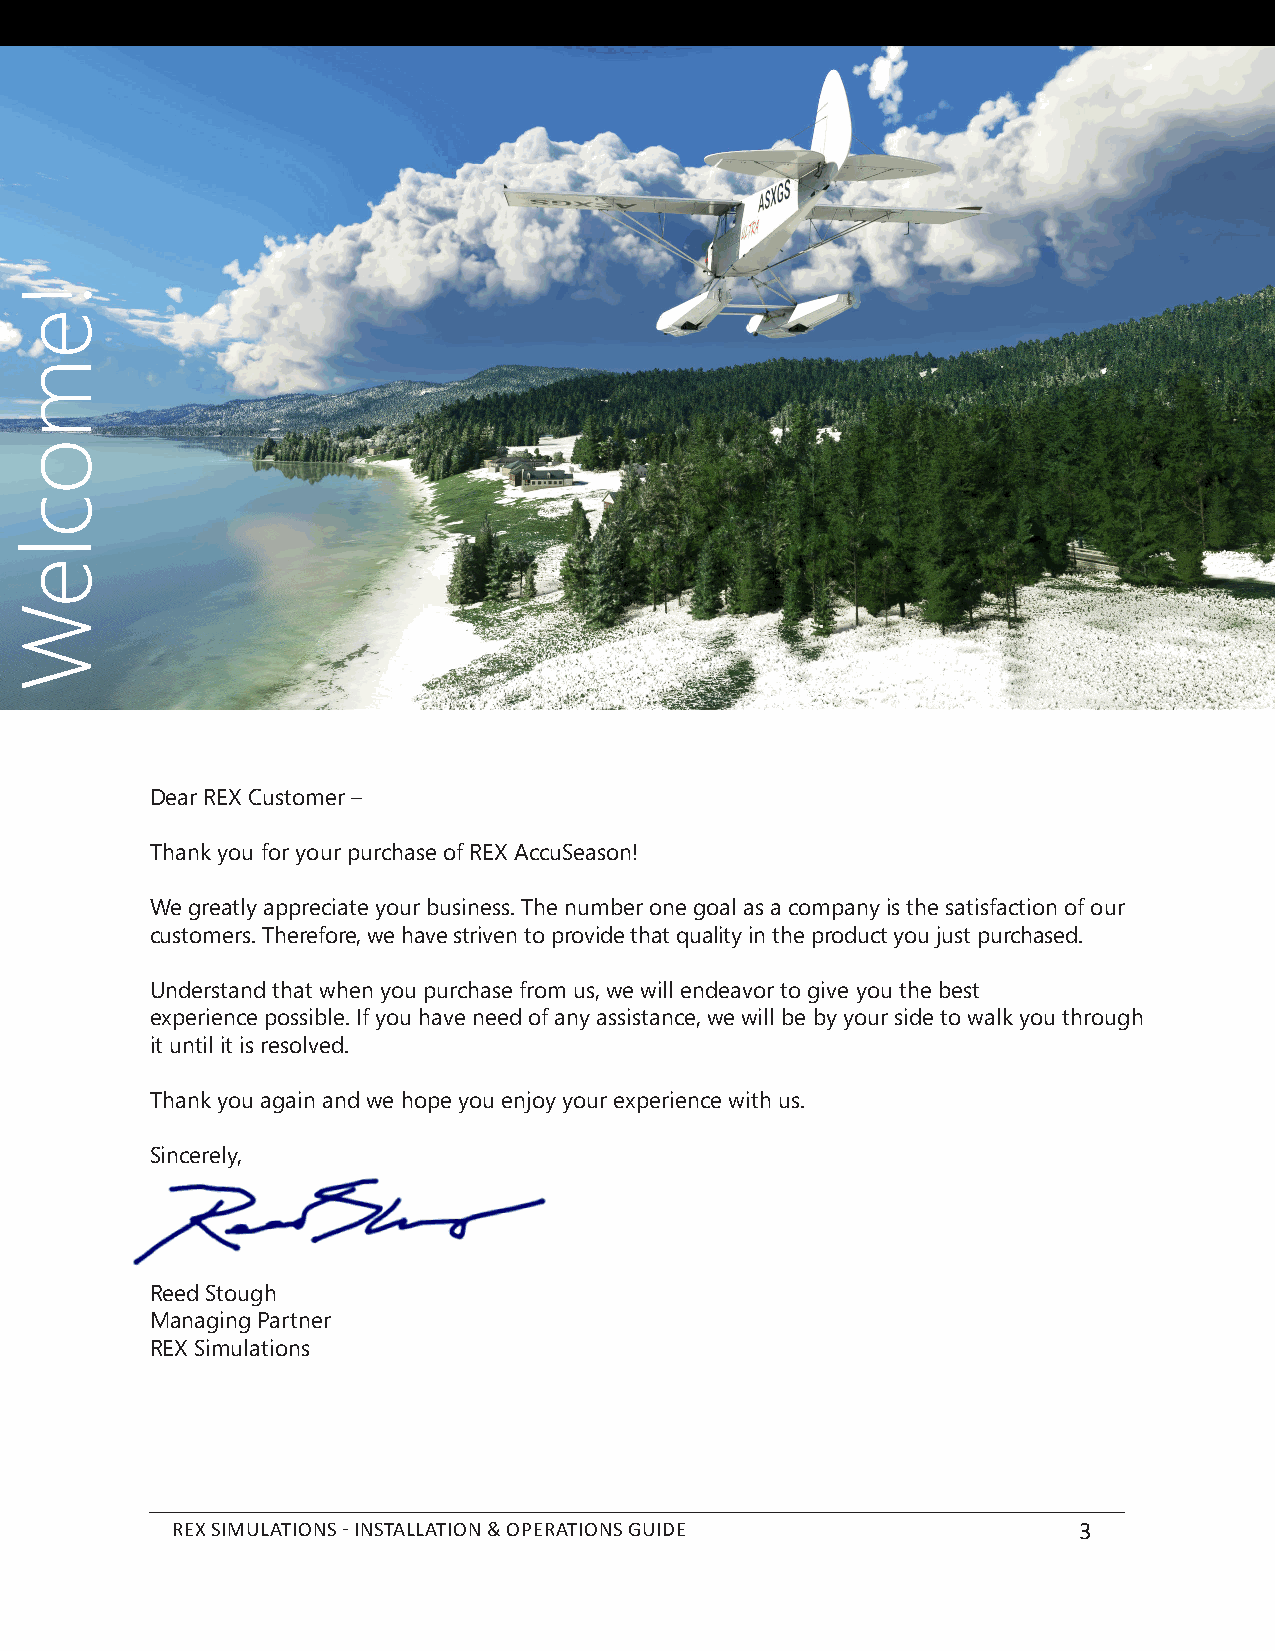
Dear REX Customer –
 Thank you for your purchase of REX AccuSeason!
 We greatly appreciate your business. The number one goal as a company is the satisfaction of our
 customers. Therefore, we have striven to provide that quality in the product you just purchased.
 Understand that when you purchase from us, we will endeavor to give you the best
 experience possible. If you have need of any assistance, we will be by your side to walk you through
 it until it is resolved.
 Thank you again and we hope you enjoy your experience with us.
 Sincerely,
 Reed Stough
 Managing Partner
 REX Simulations
 REX SIMULATIONS - INSTALLATION & OPERATIONS GUIDE           3
 !emocleW